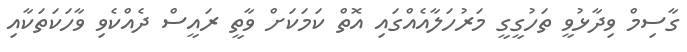
ގާސިމް ވިދާޅުވީ ތަހުގީގީ މަރުހަލާއެއްގައި އޮތް ކަމަކަށް ވާތީ ރައީސް ދެއްކެވި ވާހަކަތަކާއި